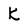
Character: K